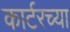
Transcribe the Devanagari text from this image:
कार्टरच्या